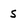
Character: s